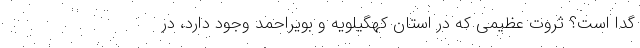
گدا است؟ ثروت عظیمی که در استان کهگیلویه و بویراحمد وجود دارد، در